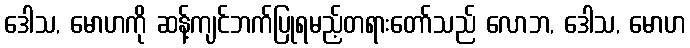
ဒေါသ, မောဟကို ဆန့်ကျင်ဘက်ပြုရမည့်တရားတော်သည် လောဘ, ဒေါသ, မောဟ